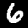
Label: 6